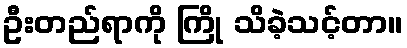
ဦးတည်ရာကို ကြို သိခဲ့သင့်တာ။